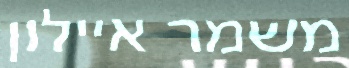
משמר איילון